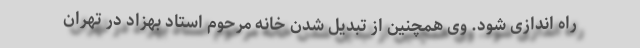
راه اندازی شود. وی همچنین از تبدیل شدن خانه مرحوم استاد بهزاد در تهران